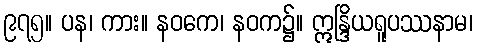
၉၇၅။ ပန၊ ကား။ နဝကေ၊ နဝက၌။ ဣန္ဒြိယရူပဿနာမ၊